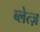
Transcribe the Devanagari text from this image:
ब्लेत्ज़